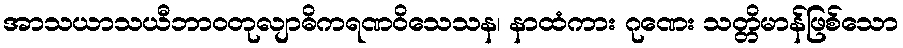
အာသယာသယီဘာဝတုလျာဓိကရဏဝိသေသန၊ နာထံကား ဂုဏေး သတ္တိမာန်ဖြစ်သော